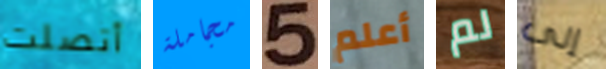
أتصلت مجاملة 5 أعلم لم إلى